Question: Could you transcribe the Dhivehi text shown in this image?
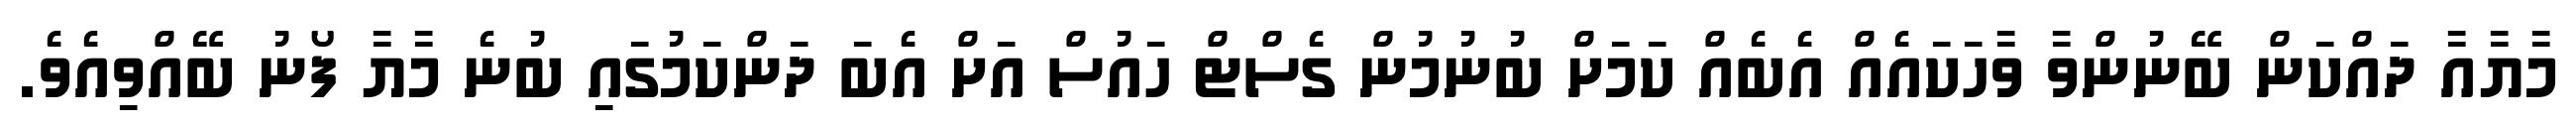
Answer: މާޔާއާ ދައްކަން ބޭނުންވާ ވާހަކައެއް އެބެއް ކަމަށް ބުނުމުން ގެސްޓް ހައުސް އަށް އެބަ ދަންކަމުގައި ބުނެ މާޔާ ފޯނު ބޭއްވިއެވެ.